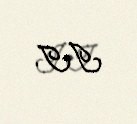
II.